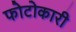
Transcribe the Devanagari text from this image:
फोटोकारी